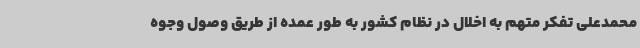
محمدعلی تفکر متهم به اخلال در نظام کشور به طور عمده از طریق وصول وجوه